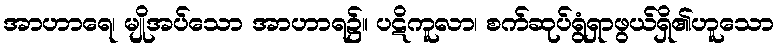
အာဟာရေ၊ မျိုအပ်သော အာဟာရ၌။ ပဋိကူလာ၊ စက်ဆုပ်ရွံရှာဖွယ်ရှိ၏ဟူသော